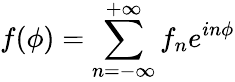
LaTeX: f(\phi)=\sum_{n=-\infty}^{+\infty}f_{n}e^{in\phi}